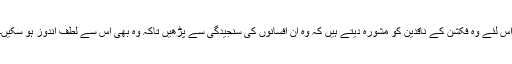
اس لئے وہ فکشن کے ناقدین کو مشورہ دیتے ہیں کہ وہ ان افسانوں کی سنجیدگی سے پڑھیں تاکہ وہ بھی اس سے لطف اندوز ہو سکیں۔